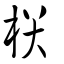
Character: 栚